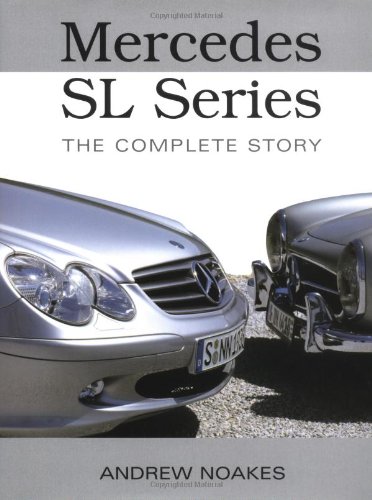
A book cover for Mercedes SL Series: The Complete Story; Andrew Noakes; Engineering & Transportation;